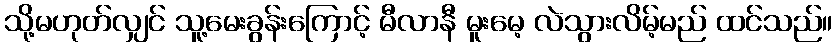
သို့မဟုတ်လျှင် သူ့မေးခွန်းကြောင့် မီလာနီ မူးမေ့ လဲသွားလိမ့်မည် ထင်သည်။